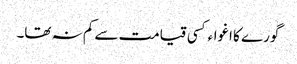
گورے کا اغواءکسی قیامت سے کم نہ تھا۔